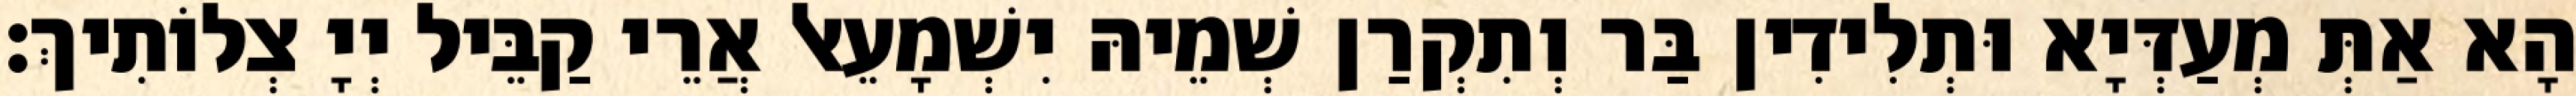
הָא אַתְּ מְעַדְּיָא וּתְלִידִין בַּר וְתִקְרַן שְׁמֵיהּ יִשְׁמָעֵאל אֲרֵי קַבֵּיל יְיָ צְלוֹתִיךְ׃